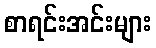
စာရင်းအင်းများ